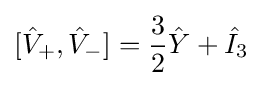
[{\hat {V}}_{+},{\hat {V}}_{-}]={\frac {3}{2}}{\hat {Y}}+{\hat {I}}_{3}